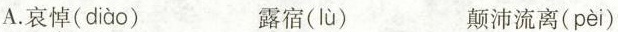
A.哀悼( diào ) 露宿( lù ) 颠沛流离( pèi )